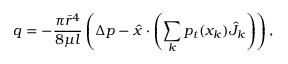
q = - \frac { \pi \bar { r } ^ { 4 } } { 8 \mu l } \left( \Delta p - \hat { x } \cdot \left( \sum _ { k } p _ { t } ( x _ { k } ) \hat { J } _ { k } \right) \right) ,